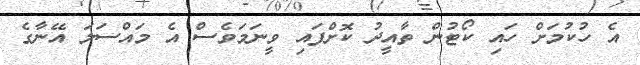
އެ ހުކުމަށް ހައި ކޯޓުން ތާއީދު ކޮށްފައި ވީނަމަވެސް އެ މައްސަލަ އޭނާގެ